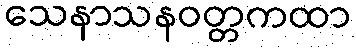
သေနာသနဝတ္တကထာ